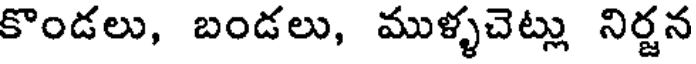
కొండలు, బండలు, ముళ్ళచెట్లు నిర్జన